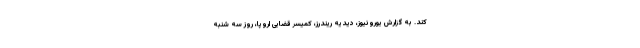
کند. به گزارش یورونیوز، دیدیه ریندرز، کمیسر قضایی اروپا، روز سه شنبه